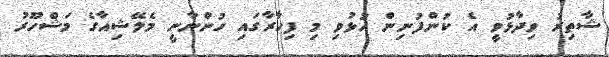
ޝާތިރު ވިދާޅުވީ އެ ކުންފުނިން ހުޅުވި މި ފިހާރާގައި ހުންނާނީ މެލޭޝިއާގެ މަޝްހޫރު